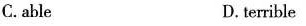
C.able D.terrible